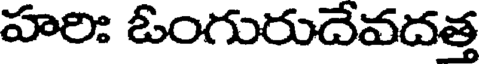
హరిః ఓంగురుదేవదత్త